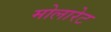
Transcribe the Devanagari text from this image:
मोलारेट